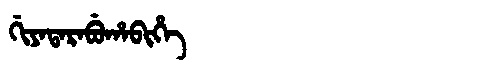
Manchu: ᡤᡳᠶᠠᡨᠠᡵᠠᠪᡠᡥᠠᠪᡳᡥᡝ
Romanization: GIYATARABUHABIHE